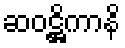
ဆဝဋ္ဌိကာနိ